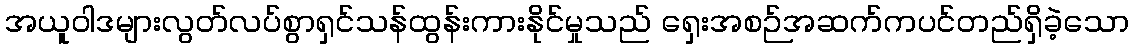
အယူဝါဒများလွတ်လပ်စွာရှင်သန်ထွန်းကားနိုင်မှုသည် ရှေးအစဉ်အဆက်ကပင်တည်ရှိခဲ့သော